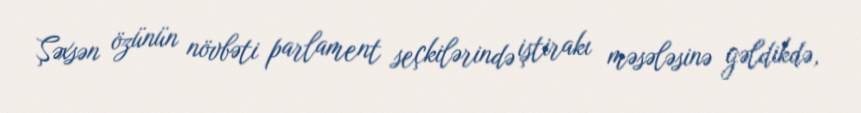
Şəxsən özünün növbəti parlament seçkilərində iştirakı məsələsinə gəldikdə,